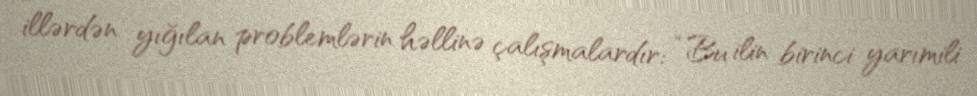
illərdən yığılan problemlərin həllinə çalışmalardır: “Bu ilin birinci yarımili